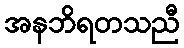
အနဘိရတသညီ